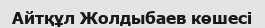
Айтқұл Жолдыбаев көшесі